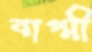
বাগ্মী